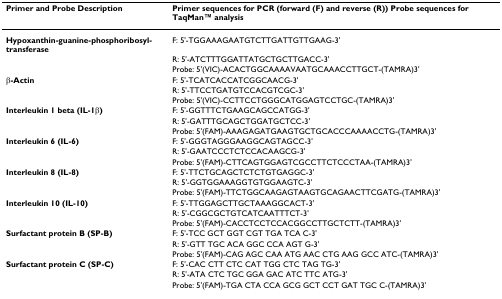
<table><thead><tr><td><b>Primer and Probe Description</b></td><td><b>Primer sequences for PCR (forward (F) and reverse (R)) Probe sequences for TaqManTM analysis</b></td></tr></thead><tbody><tr><td><b>Hypoxanthin-guanine-phosphoribosyl-transferase</b></td><td>F: 5&#x27;-TGGAAAGAATGTCTTGATTGTTGAAG-3&#x27;</td></tr><tr><td></td><td>R: 5&#x27;-ATCTTTGGATTATGCTGCTTGACC-3&#x27;</td></tr><tr><td></td><td>Probe: 5&#x27;(VIC)-ACACTGGCAAAAVAATGCAAACCTTGCT-(TAMRA)3&#x27;</td></tr><tr><td><b>β-Actin</b></td><td>F: 5&#x27;-TCATCACCATCGGCAACG-3&#x27;</td></tr><tr><td></td><td>R: 5&#x27;-TTCCTGATGTCCACGTCGC-3&#x27;</td></tr><tr><td></td><td>Probe: 5&#x27;(VIC)-CCTTCCTGGGCATGGAGTCCTGC-(TAMRA)3&#x27;</td></tr><tr><td><b>Interleukin 1 beta (IL-1β)</b></td><td>F: 5&#x27;-GGTTTCTGAAGCAGCCATGG-3&#x27;</td></tr><tr><td></td><td>R: 5&#x27;-GATTTGCAGCTGGATGCTCC-3&#x27;</td></tr><tr><td></td><td>Probe: 5&#x27;(FAM)-AAAGAGATGAAGTGCTGCACCCAAAACCTG-(TAMRA)3&#x27;</td></tr><tr><td><b>Interleukin 6 (IL-6)</b></td><td>F: 5&#x27;-GGGTAGGGAAGGCAGTAGCC-3&#x27;</td></tr><tr><td></td><td>R: 5&#x27;-GAATCCCTCTCCACAAGCG-3&#x27;</td></tr><tr><td></td><td>Probe: 5&#x27;(FAM)-CTTCAGTGGAGTCGCCTTCTCCCTAA-(TAMRA)3&#x27;</td></tr><tr><td><b>Interleukin 8 (IL-8)</b></td><td>F: 5&#x27;-TTCTGCAGCTCTCTGTGAGGC-3&#x27;</td></tr><tr><td></td><td>R: 5&#x27;-GGTGGAAAGGTGTGGAAGTC-3&#x27;</td></tr><tr><td></td><td>Probe: 5&#x27;(FAM)-TTCTGGCAAGAGTAAGTGCAGAACTTCGATG-(TAMRA)3&#x27;</td></tr><tr><td><b>Interleukin 10 (IL-10)</b></td><td>F: 5&#x27;-TTGGAGCTTGCTAAAGGCACT-3&#x27;</td></tr><tr><td></td><td>R: 5&#x27;-CGGCGCTGTCATCAATTTCT-3&#x27;</td></tr><tr><td></td><td>Probe: 5&#x27;(FAM)-CACCTCCTCCACGGCCTTGCTCTT-(TAMRA)3&#x27;</td></tr><tr><td><b>Surfactant protein B (SP-B)</b></td><td>F: 5&#x27;-TCC GCT GGT CGT TGA TCA C-3&#x27;</td></tr><tr><td></td><td>R: 5&#x27;-GTT TGC ACA GGC CCA AGT G-3&#x27;</td></tr><tr><td></td><td>Probe: 5&#x27;(FAM)-CAG AGC CAA ATG AAC CTG AAG GCC ATC-(TAMRA)3&#x27;</td></tr><tr><td><b>Surfactant protein C (SP-C)</b></td><td>F: 5&#x27;-CAC CTT CTC CAT TGG CTC TAG TG-3&#x27;</td></tr><tr><td></td><td>R: 5&#x27;-ATA CTC TGC GGA GAC ATC TTC ATG-3&#x27;</td></tr><tr><td></td><td>Probe: 5&#x27;(FAM)-TGA CTA CCA GCG GCT CCT GAT TGC C-(TAMRA)3&#x27;</td></tr></tbody></table>